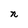
Character: n